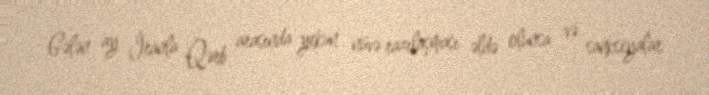
Gələn ay İranla Qərb arasında yekun nüvə razılaşması əldə olunsa və sanksiyalar